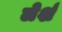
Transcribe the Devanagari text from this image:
लेर्श